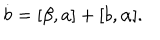
\dot { b } = [ \beta , a ] + [ b , \alpha ] .